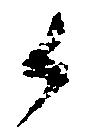
候